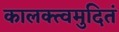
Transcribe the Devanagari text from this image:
कालक्त्वमुदितं